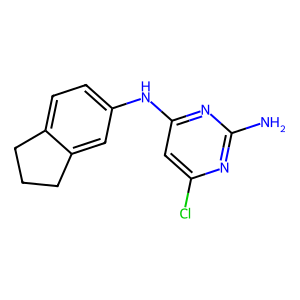
SMILES: Nc1nc(Cl)cc(Nc2ccc3c(c2)CCC3)n1
Inhibits HIV replication: No